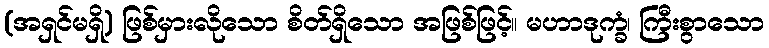
(အရှင်မရှိ) ဖြစ်မှားလိုသော စိတ်ရှိသော အဖြစ်ဖြင့်။ မဟာဒုက္ခံ၊ ကြီးစွာသော